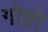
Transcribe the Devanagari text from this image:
गोष्टो